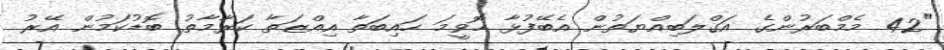
"42 މެމްބަރުންގެ އަގްލަބިއްޔަތުން އެބޭފުޅާ ހޮވީމަ ހައިބަތާ އިއްޒަތާ ކަރާމާތު ބޮޑުކަމުން އޭރު